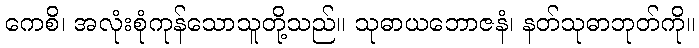
ကေစိ၊ အလုံးစုံကုန်သောသူတို့သည်။ သုဓာယဘောဇနံ၊ နတ်သုဓာဘုတ်ကို။